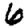
Digit: 6